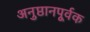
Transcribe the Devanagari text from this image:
अनुष्ठानपूर्वक